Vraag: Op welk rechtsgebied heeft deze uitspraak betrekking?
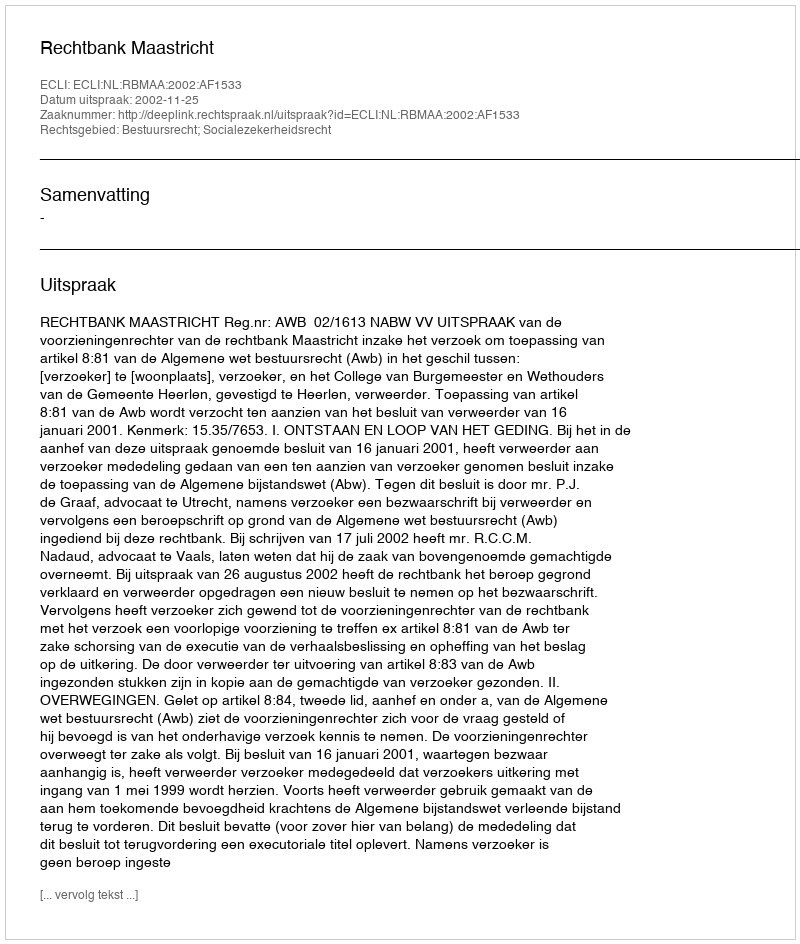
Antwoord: Bestuursrecht; Socialezekerheidsrecht